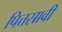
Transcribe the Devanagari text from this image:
पित्तस्रावी